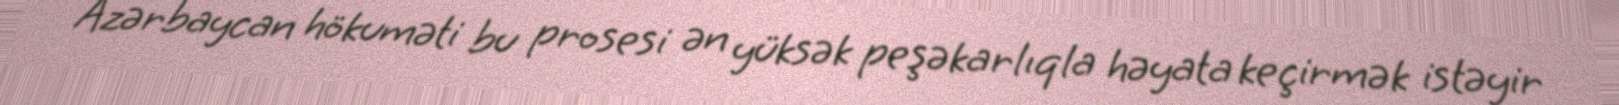
Azərbaycan hökuməti bu prosesi ən yüksək peşəkarlıqla həyata keçirmək istəyir